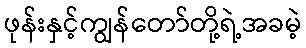
ဖုန်းနှင့်ကျွန်တော်တို့ရဲ့အခမဲ့